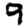
Digit: 9